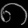
Digit: ၈